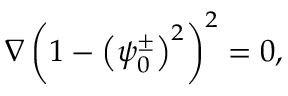
\nabla \left( 1 - \left( \psi _ { 0 } ^ { \pm } \right) ^ { 2 } \right) ^ { 2 } = 0 ,